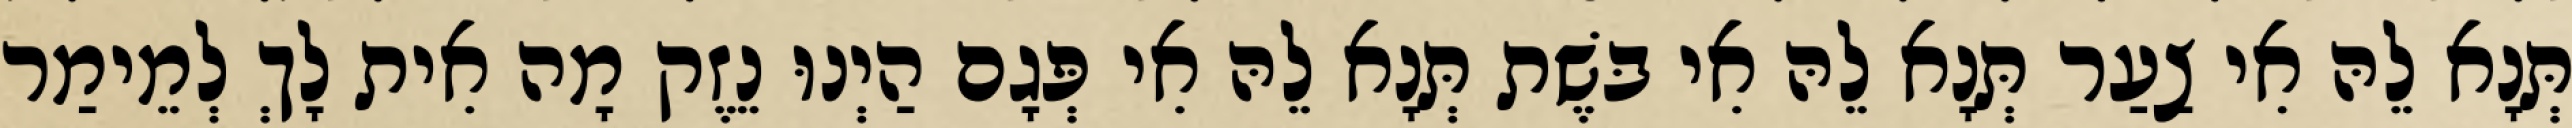
תְּנָא לֵהּ אִי צַעַר תְּנָא לֵהּ אִי בּשֶׁת תְּנָא לֵהּ אִי פְּגָם הַיְנוּ נֵזֶק מָה אִית לָךְ לְמֵימַר